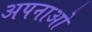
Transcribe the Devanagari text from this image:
अपनाओ